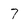
Character: 7